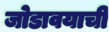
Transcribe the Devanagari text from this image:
जोडावयाची